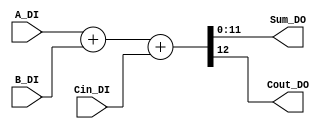
/*
 * Add.v
 * Adder for real numbers
 *
 * Last update: April 17, 2019
 */

module Add
#(
   parameter DATA_WIDTH = 12   //Number of bits for inputs and outputs
 )
 (   
   input [DATA_WIDTH-1:0] A_DI,    // Numbers to
   input [DATA_WIDTH-1:0] B_DI,    // be added
   input                  Cin_DI,  // Carry-in  
   
   output [DATA_WIDTH-1:0] Sum_DO, // Result of addition
   output                  Cout_DO // Carry-out
 );

 assign {Cout_DO, Sum_DO} = A_DI + B_DI + Cin_DI;

endmodule